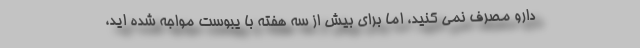
دارو مصرف نمی کنید، اما برای بیش از سه هفته با یبوست مواجه شده اید،